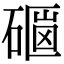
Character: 𥕇